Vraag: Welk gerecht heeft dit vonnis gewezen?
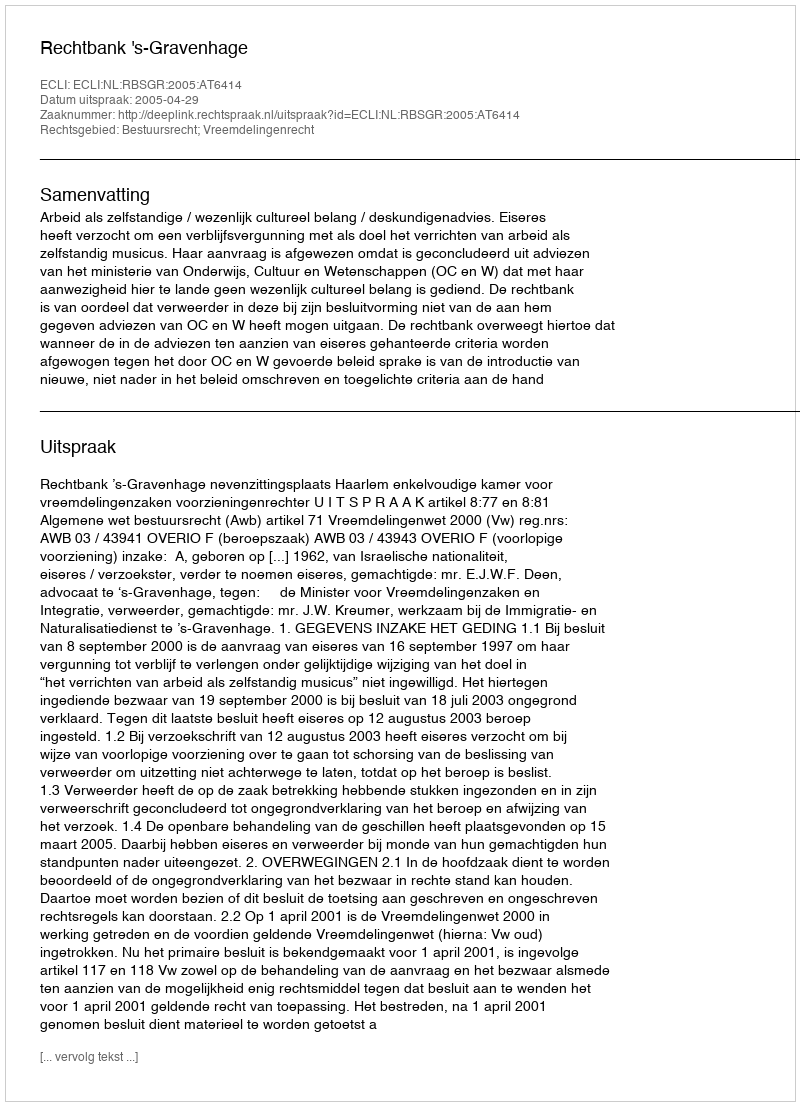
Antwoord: Rechtbank 's-Gravenhage